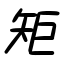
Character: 矩